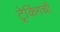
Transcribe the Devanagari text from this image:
ट्रेकिंगची